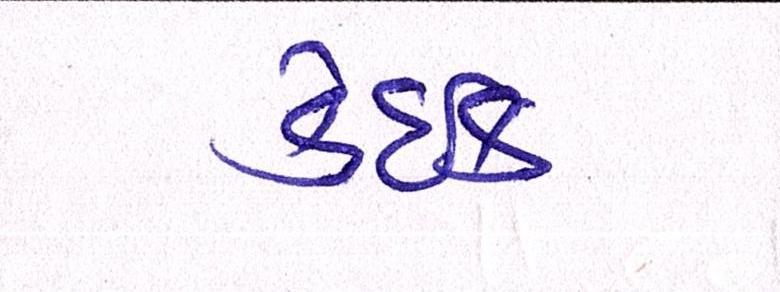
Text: કંઈક